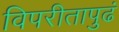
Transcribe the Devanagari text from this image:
विपरीतापुढं